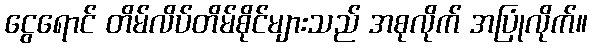
ငွေရောင် တိမ်လိပ်တိမ်စိုင်များသည် အစုလိုက် အပြုံလိုက်။